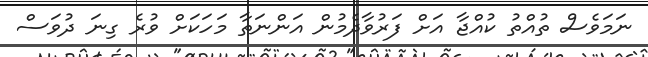
ނަމަވެސް ތުއްތު ކުއްޖާ އަށް ފަރުވާދެމުން އަންނަތާ މަހަކަށް ވުރެ ގިނަ ދުވަސް